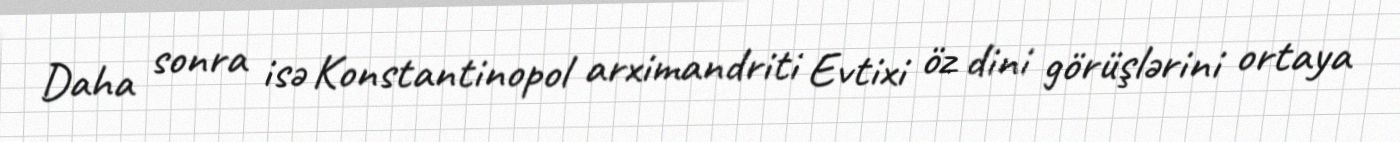
Daha sonra isə Konstantinopol arximandriti Evtixi öz dini görüşlərini ortaya